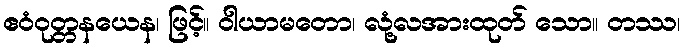
ဧဝံဝုတ္တနယေန၊ ဖြင့်။ ဝါယာမတော၊ လုံ့လအားထုတ် သော။ တဿ၊